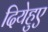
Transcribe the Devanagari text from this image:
दियेहुए